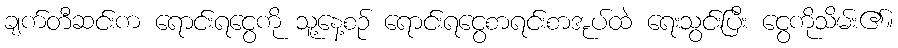
ချက်တီဆင်းက ရောင်းရငွေကို သူ့နေ့စဉ် ရောင်းရငွေစာရင်းစာအုပ်ထဲ ရေးသွင်းပြီး ငွေကိုသိမ်း၏။